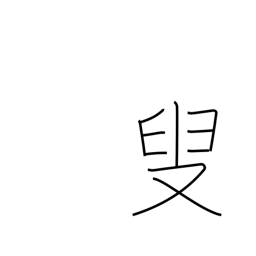
Meaning: old person